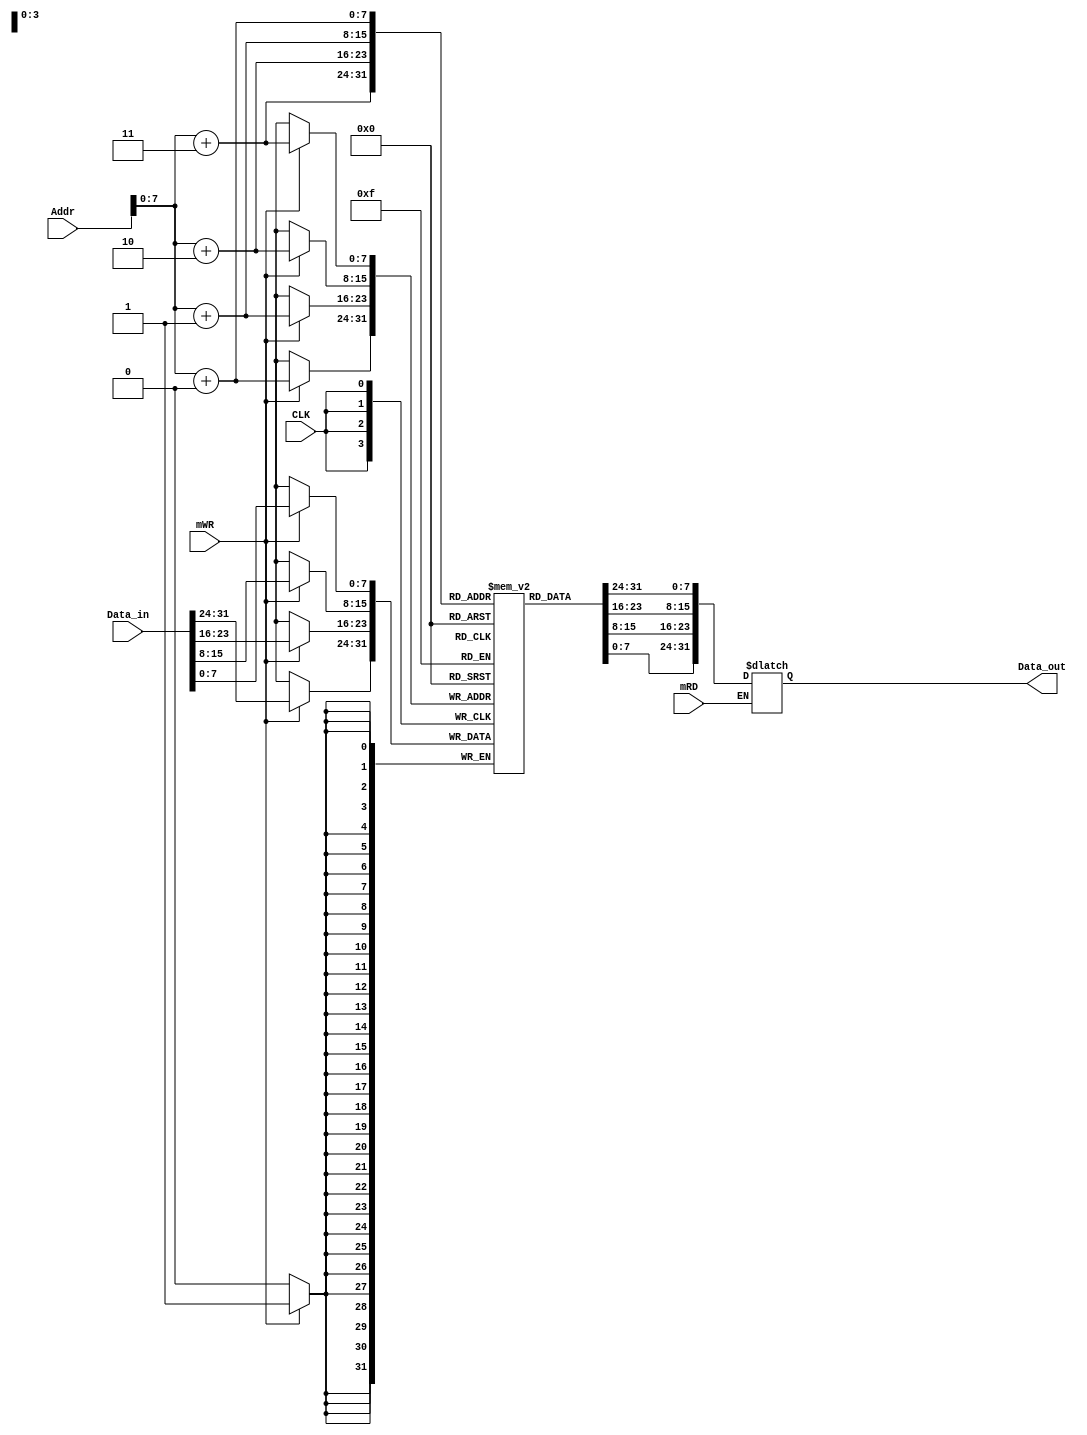
`timescale 1ns / 1ps
//////////////////////////////////////////////////////////////////////////////////
// Company: 
// Engineer: 
// 
// Design Name: 
// Module Name: Data_Mem
// Project Name: 
// Target Devices: 
// Tool Versions: 
// Description: 
// 
// Dependencies: 
// 
// Revision:
// Revision 0.01 - File Created
// Additional Comments:
// 
//////////////////////////////////////////////////////////////////////////////////


module Data_Mem(
    input CLK,
    input [31:0] Data_in,
    input [31:0] Addr,
    input mRD,
    input mWR,
    output reg [31:0] Data_out
    );

    integer index;
    reg[7:0] dataMemory [0:255];//


    //
    initial begin
	for(index = 0;index<256;index = index + 1)
	    dataMemory[index] = 0;
    end

    //0
    initial begin
        Data_out = 0;
    end

    //
    always@(negedge CLK)
    begin
        if(mWR==1)
        begin
        dataMemory[Addr+3] <=Data_in[7:0];
        dataMemory[Addr+2] <=Data_in[15:8]; 
        dataMemory[Addr+1] <=Data_in[23:16];
        dataMemory[Addr+0] <=Data_in[31:24]; 
        end
    end

    //
    always@(*)
    begin
        if(mRD==1)
        begin
            Data_out[7:0] <= dataMemory[Addr + 3];
            Data_out[15:8] <= dataMemory[Addr + 2];
            Data_out[23:16] <= dataMemory[Addr + 1];
            Data_out[31:24] <= dataMemory[Addr + 0];
        end
    end    
    
endmodule